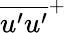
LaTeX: \overline{{u^{\prime}u^{\prime}}}^{+}